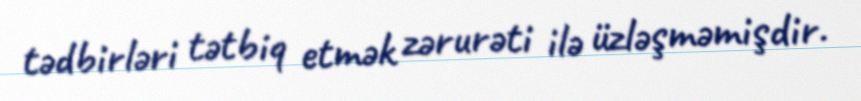
tədbirləri tətbiq etmək zərurəti ilə üzləşməmişdir.